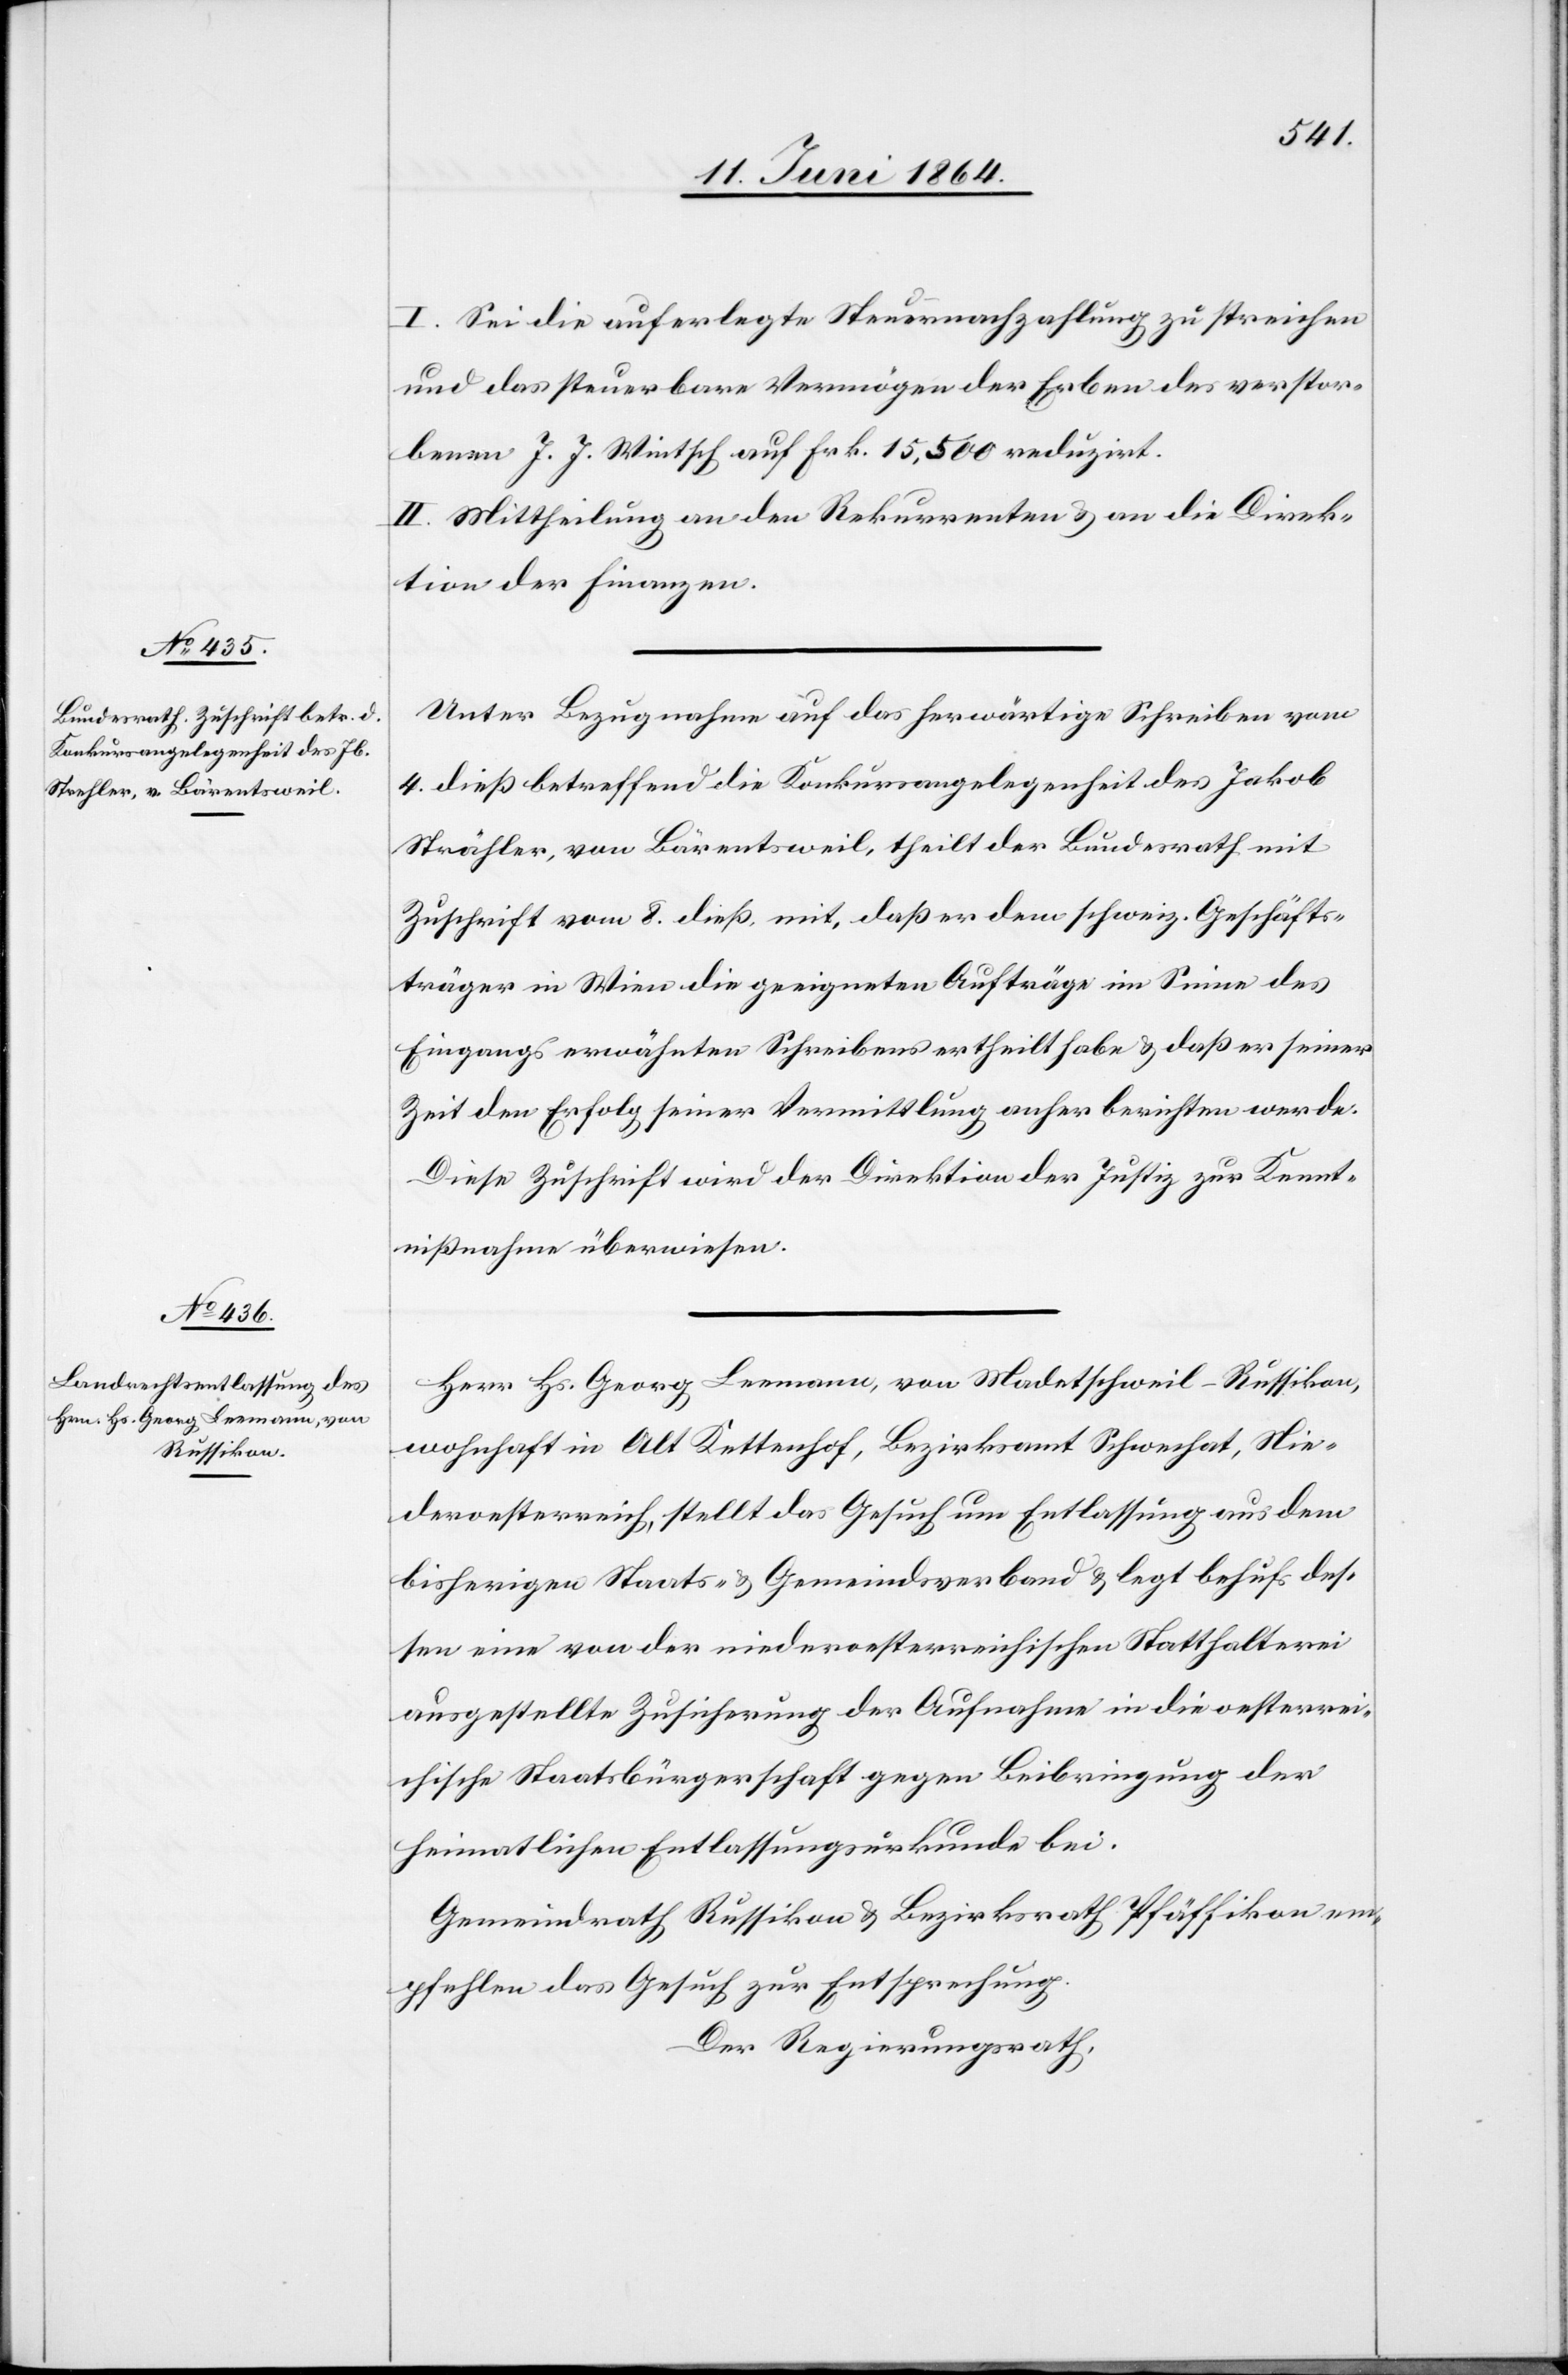
I. Sei die auferlegte Steuernachzahlung zu streichen
und das steuerbare Vermögen der Erben des verstor¬
benen J. J. Wintsch auf Frk. 15,500 reduzirt.
II. Mittheilung an den Rekurrenten u. an die Direk¬
tion der Finanzen.
Unter Bezugnahme auf das herwärtige Schreibem vom
4. dieß betreffend die Konkursangelegenheit des Jakob
Zuschrift vom 8. dieß mit, daß er dem schweiz. Geschäfts¬
träger in Wien die geeigneten Aufträge im Sinne des
Eingangs erwähnten Schreibens ertheilt habe u. daß er seiner
Zeit den Erfolg seiner Vermittlung anher berichten werde.
Diese Zuschrift wird der Direktion der Justiz zur Kennt¬
ißnahme überwiesen.
Herr Hs. Georg Leemann, von Madetschweil-Russikon,
wohnhaft in Alt Kettenhof, Bezirksamt Schwechat, Nie¬
deroesterreich, stellt das Gesuch um Entlassung aus dem
bisherigen Staats- u. Gemeindsverband u. legt behufs des¬
sen eine von der niederoesterreichischen Statthalterei
ausgestellte Zusicherung der Aufnahme in die oesterrei¬
chische Staatsbürgerschaft gegen Beibringung der
heimatlichen Entlassungsurkunde bei.
Gemeindrath Russikon u. Bezirksrath Pfäffikon em¬
pfehlen das Gesuch zur Entsprechung.
Der Regierungsrath,